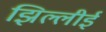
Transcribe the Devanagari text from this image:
झिल्लीई